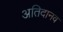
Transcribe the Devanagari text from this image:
अतिदानव